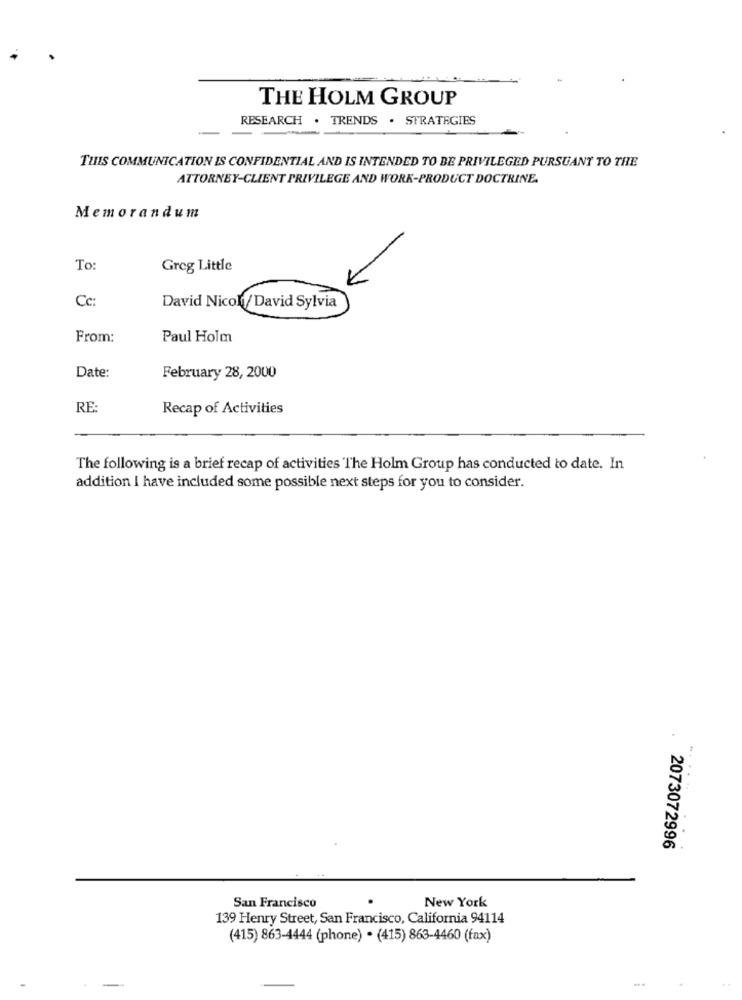
THE HOLM GROUP
RESEARCH . TRENDS . STRATEGIES
THIS COMMUNICATION IS CONFIDENTIAL AND IS INTENDED TO BE PRIVILEGED PURSUANT TO THE
ATTORNEY-CLIENT PRIVILEGE AND WORK-PRODUCT DOCTRINE.
Memorandum
To
Greg Little
Cc:
David Nicol/David Sylvia
From:
Paul Holm
Date:
February 28, 2000
RE:
Recap of Activities
The following is a brief recap of activities The Holm Group has conducted to date. In
addition I have included some possible next steps for you to consider.
....
2073072996
San Francisco
New York
139 Henry Street, San Francisco, California 94114
(415) 863-4444 (phone) . (415) 863-4460 (fax)